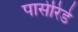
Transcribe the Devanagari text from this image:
पासेरिडे